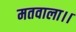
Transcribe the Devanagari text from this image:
मतवाला।।